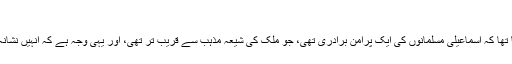
‘‘
ان کا کہنا تھا کہ اسماعیلی مسلمانوں کی ایک پُرامن برادری تھی، جو ملک کی شیعہ مذہب سے قریب تر تھی، اور یہی وجہ ہے کہ انہیں نشانہ بنایا گیا۔